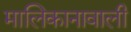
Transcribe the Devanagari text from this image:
मालिकानावाली